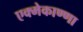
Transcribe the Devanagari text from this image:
एक्मेकाण्णा